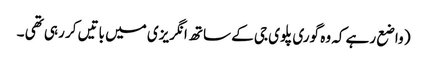
( واضع رہے کہ وہ گوری پلوی جی کے ساتھ انگریزی میں باتیں کر رہی تھی ۔